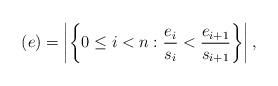
LaTeX: \begin{align*}(e) = \left|\left\{0\leq i<n:\frac{e_i}{s_i}<\frac{e_{i+1}}{s_{i+1}}\right\}\right|,\end{align*}